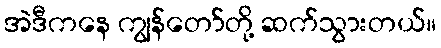
အဲဒီကနေ ကျွန်တော်တို့ ဆက်သွားတယ်။